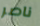
ناصر